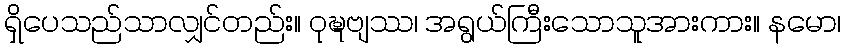
ရှိပေသည်သာလျှင်တည်း။ ဝုဍ္ဎဗျဿ၊ အရွယ်ကြီးသောသူအားကား။ နမော၊